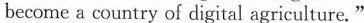
become a country of digital agriculture."